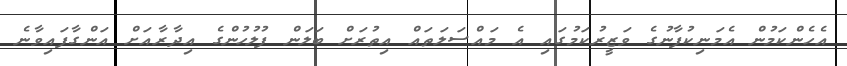
އެހެންކަމުން އެމަނިކުފާނުގެ ވަޒީރުކަމުގައި އެ މައްސަލަތައް އިތުރަށް ބަލަން ފުލުހުންގެ އިދާރާއަށް އަންގާފައިވާނެ